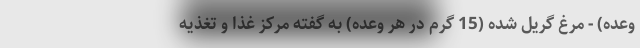
وعده) - مرغ گریل شده (15 گرم در هر وعده) به گفته مرکز غذا و تغذیه